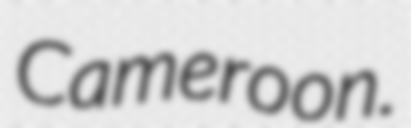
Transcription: Cameroon.